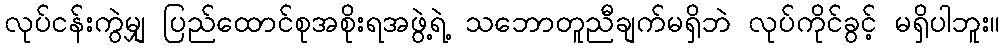
လုပ်ငန်းကွဲမျှ ပြည်ထောင်စုအစိုးရအဖွဲ့ရဲ့ သဘောတူညီချက်မရှိဘဲ လုပ်ကိုင်ခွင့် မရှိပါဘူး။